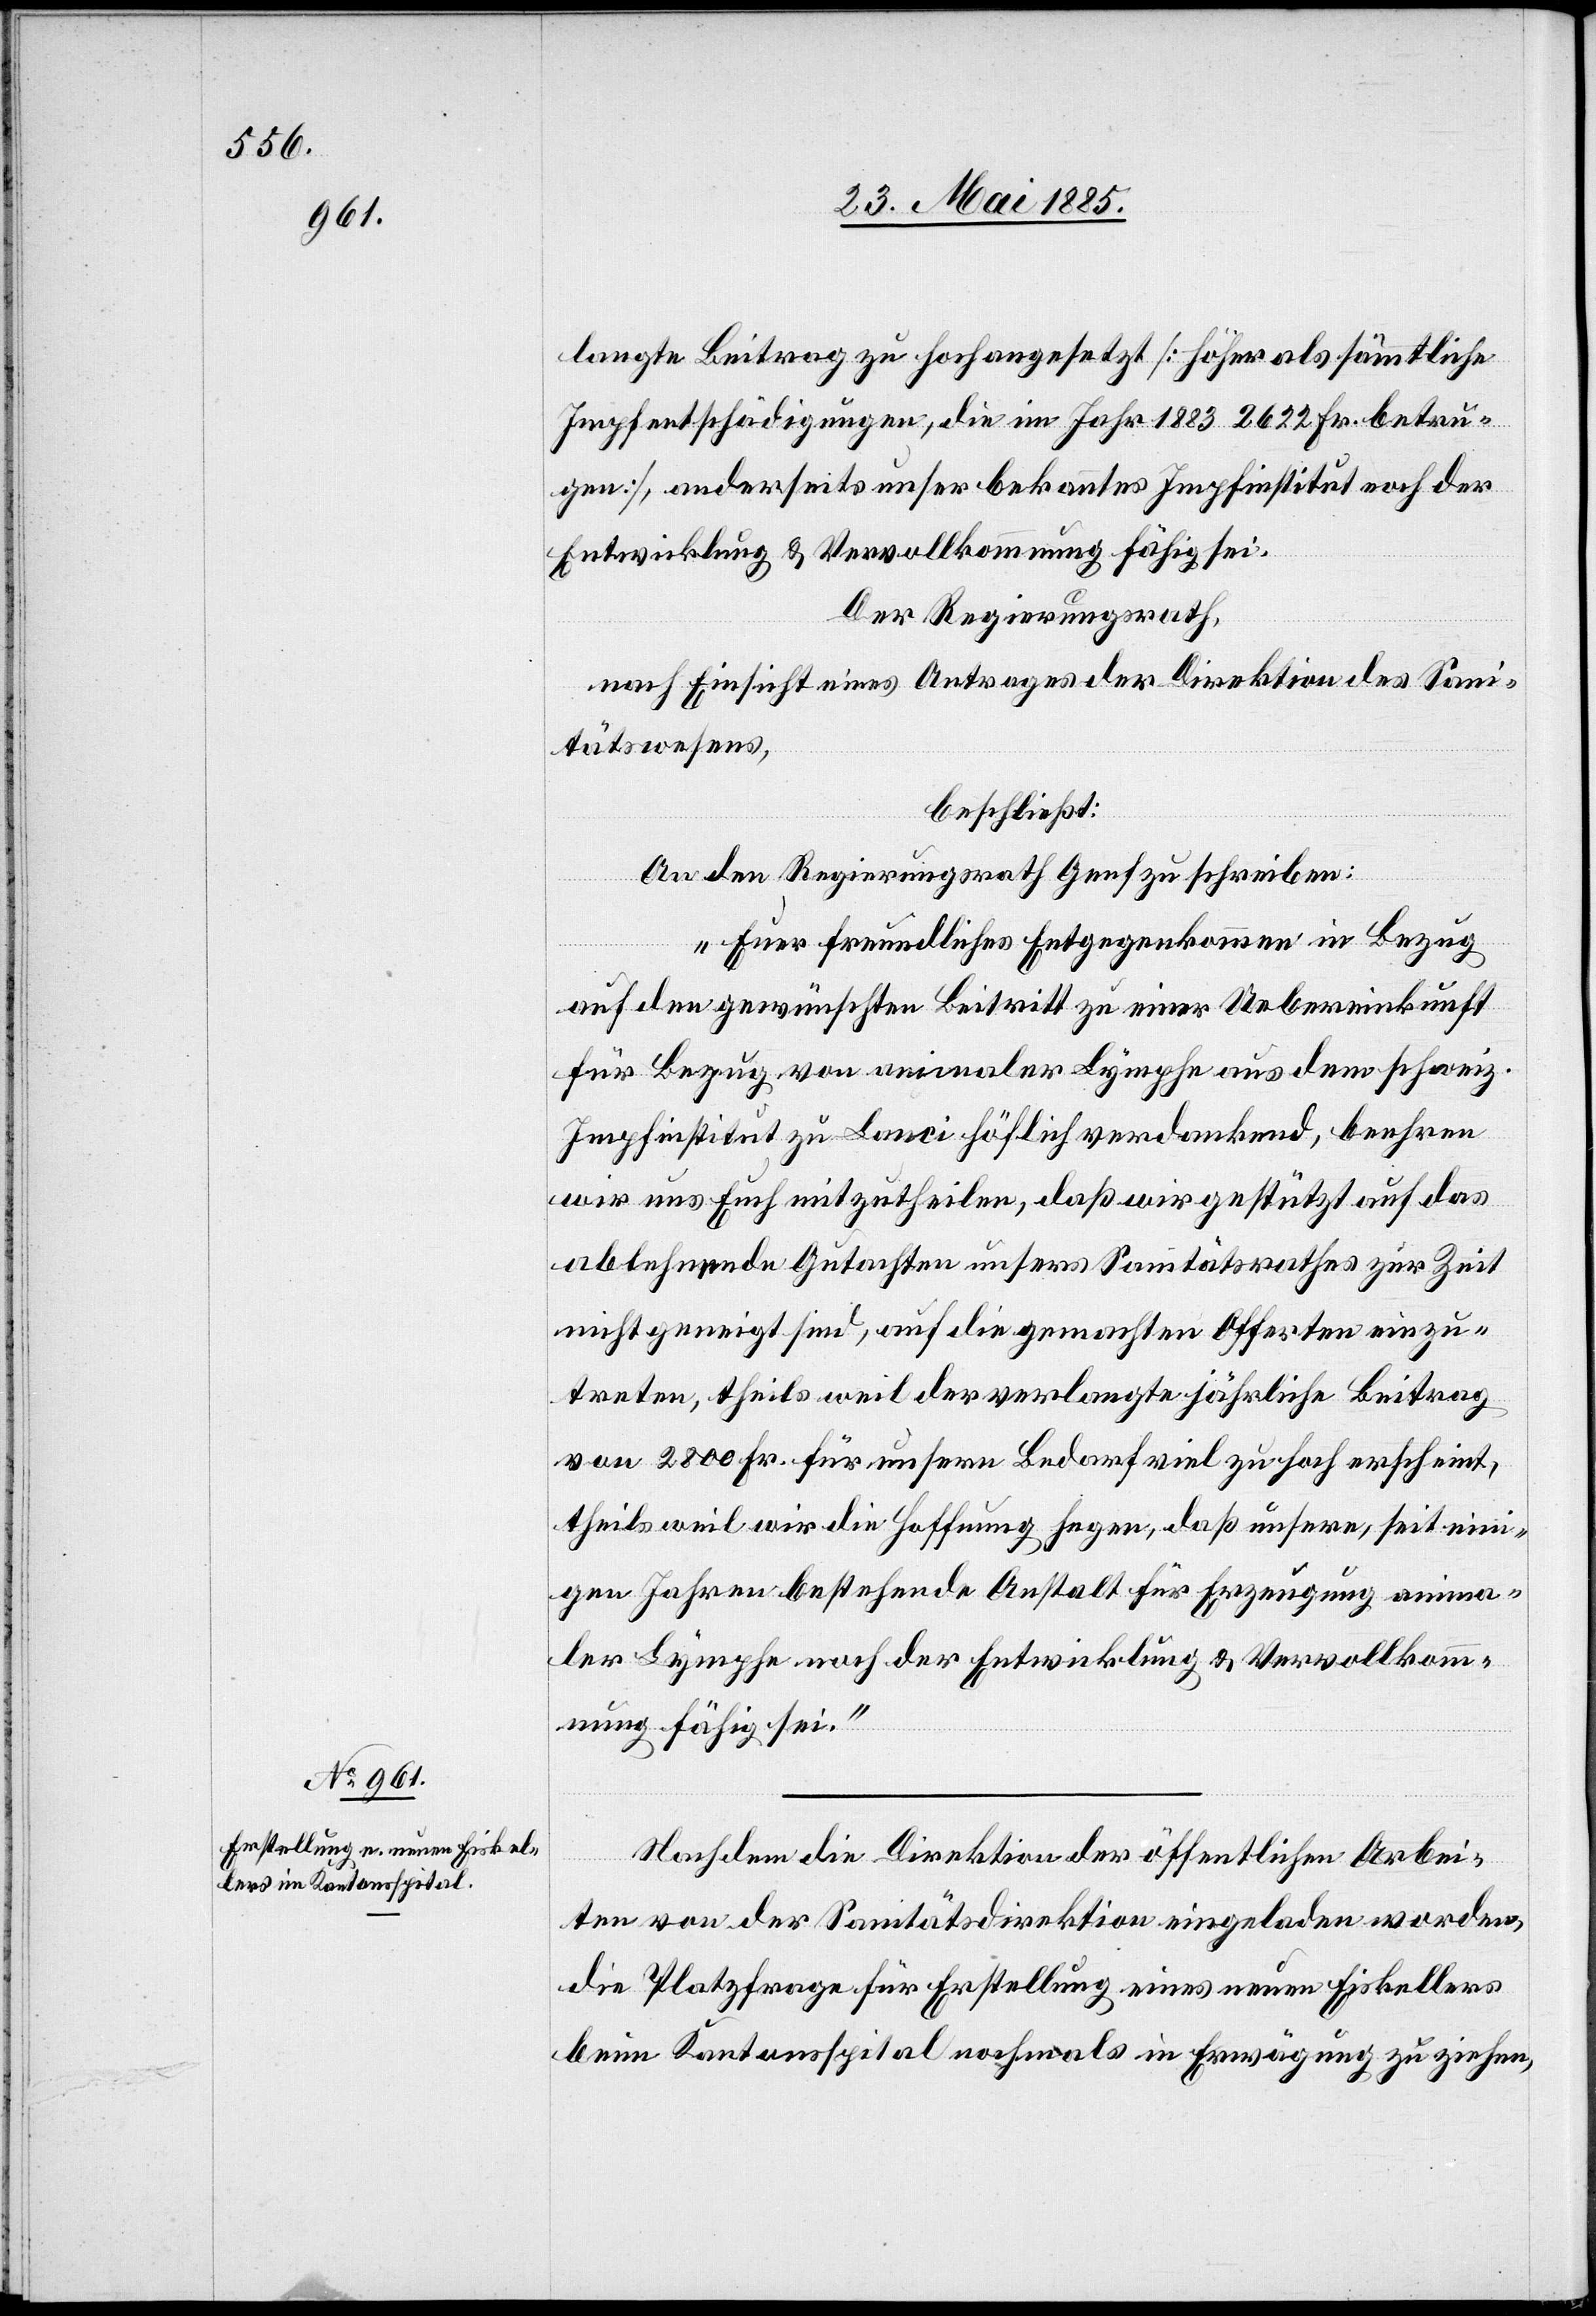
langte Beitrag zu hoch angesetzt [höher als sämmtliche
Impfentschädigungen, die im Jahr 1883 2622 Fr. betru¬
gen], anderseits unser bekanntes Impfinstitut noch der
Entwicklung & Vervollkommnung fähig sei.
Der Regierungsrath,
nach Einsicht eines Antrages der Direktion des Sani¬
tätswesens,
beschließt:
An den Regierungsrath Genf zu schreiben:
„Euer freundliches Entgegenkommen in Bezug
auf den gewünschten Beitritt zu einer Uebereinkunft
für Bezug von animaler Lymphe aus dem schweiz.
Impfinstitut zu Lanci höflich verdankend, beehren
wir uns Euch mitzutheilen, daß wir gestützt auf das
ablehnende Gutachten unsers Sanitätsrathes zur Zeit
nicht geneigt sind, auf die gemachten Offerten einzu¬
treten, theils weil der verlangte jährliche Beitrag
von 2800 Fr. für unsern Bedarf viel zu hoch erscheint,
theils weil wir die Hoffnung hegen, daß unsere, seit eini¬
gen Jahren bestehende Anstalt für Erzeugung anima¬
ler Lymphe noch der Entwicklung & Vervollkomm¬
nung fähig sei.“
Nachdem die Direktion der öffentlichen Arbei¬
ten von der Sanitätsdirektion eingeladen worden,
die Platzfrage für Erstellung eines neuen Eiskellers
beim Kantonsspital nochmals in Erwägung zu ziehen,